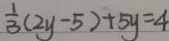
\frac { 1 } { 3 } ( 2 y - 5 ) + 5 y = 4